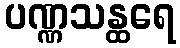
ပဏ္ဏသန္ထရေ